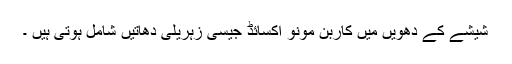
شیشے کے دھویں میں کاربن مونو آکسائڈ جیسی زہریلی دھاتیں شامل ہوتی ہیں ۔